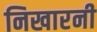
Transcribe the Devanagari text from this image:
निखारनी